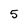
Character: 5